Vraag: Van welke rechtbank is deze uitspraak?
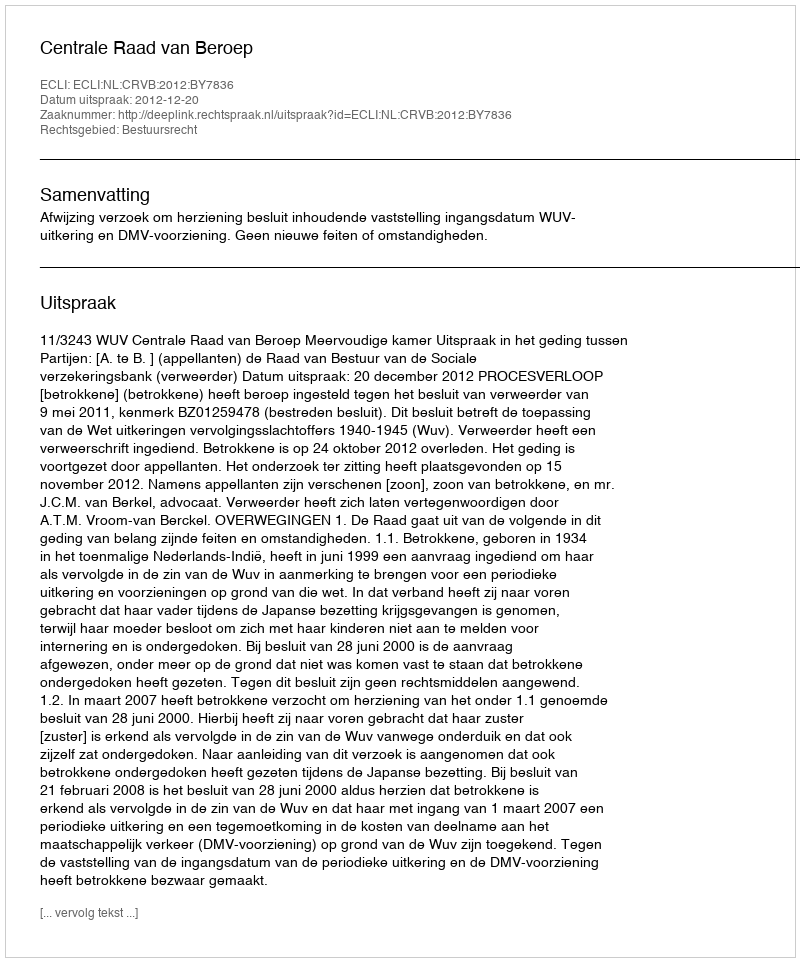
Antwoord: Centrale Raad van Beroep